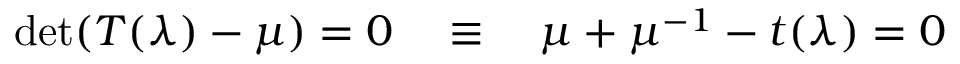
\operatorname * { d e t } ( T ( \lambda ) - \mu ) = 0 \quad \equiv \quad \mu + \mu ^ { - 1 } - t ( \lambda ) = 0